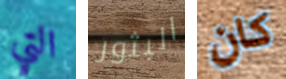
التي البثور كان